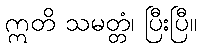
ဣတိ သမတ္တံ၊ ပြီးပြီ။